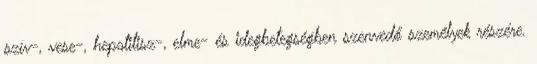
szív-, vese-, hepatitisz-, elme- és idegbetegségben szenvedő személyek részére.